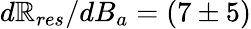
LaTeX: d\mathbb{R}_{res}/dB_{a}=(7\pm5)